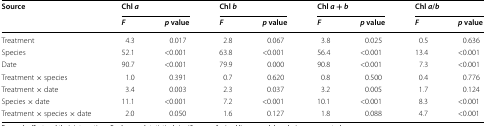
| <ROWSPAN=2> Source | <COLSPAN=2> Chl a | <COLSPAN=2> Chl b | <COLSPAN=2> Chl a + b | <COLSPAN=2> Chl a/b |
 | F | p value | F | p value | F | p value | F | p value |
 | --- | --- | --- | --- | --- | --- | --- | --- | --- |
 | Treatment | 4.3 | 0.017 | 2.8 | 0.067 | 3.8 | 0.025 | 0.5 | 0.636 |
 | Species | 52.1 | <0.001 | 63.8 | <0.001 | 56.4 | <0.001 | 13.4 | <0.001 |
 | Date | 90.7 | <0.001 | 79.9 | 0.000 | 90.8 | <0.001 | 7.3 | <0.001 |
 | Treatment × species | 1.0 | 0.391 | 0.7 | 0.620 | 0.8 | 0.500 | 0.4 | 0.776 |
 | Treatment × date | 3.4 | 0.003 | 2.3 | 0.037 | 3.2 | 0.005 | 1.7 | 0.124 |
 | Species × date | 11.1 | <0.001 | 7.2 | <0.001 | 10.1 | <0.001 | 8.3 | <0.001 |
 | Treatment × species × date | 2.0 | 0.050 | 1.6 | 0.127 | 1.8 | 0.088 | 4.7 | <0.001 |